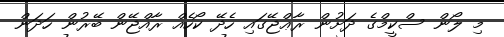
މި ލޯން ސްކީމްގެ ދަށުން ރާޢްޖޭގައި ހެދޭ ކޯހެއް ރާއްޖޭން ބޭރުން ހަދަން